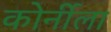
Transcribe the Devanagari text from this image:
कोर्नीला